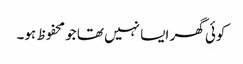
کوئی گھر ایسا نہیں تھا جو محفوظ ہو۔